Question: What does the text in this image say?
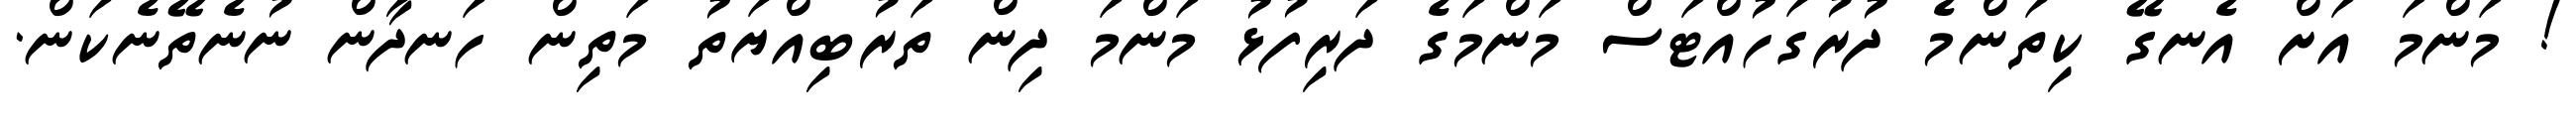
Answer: ! މަންމަ އަށް އެނގޭ ކިތަންމެ ދުރުގަހުއްޓަސް މަންމަގެ ދަރިފުޅު މަންމަ ދިން ތަރުބިއްޔަތު މަތިން ހަނދާން ނުނެތޭނެކަން.